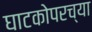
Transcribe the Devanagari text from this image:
घाटकोपरच्या